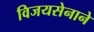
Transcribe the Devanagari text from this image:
विजयसेनाने